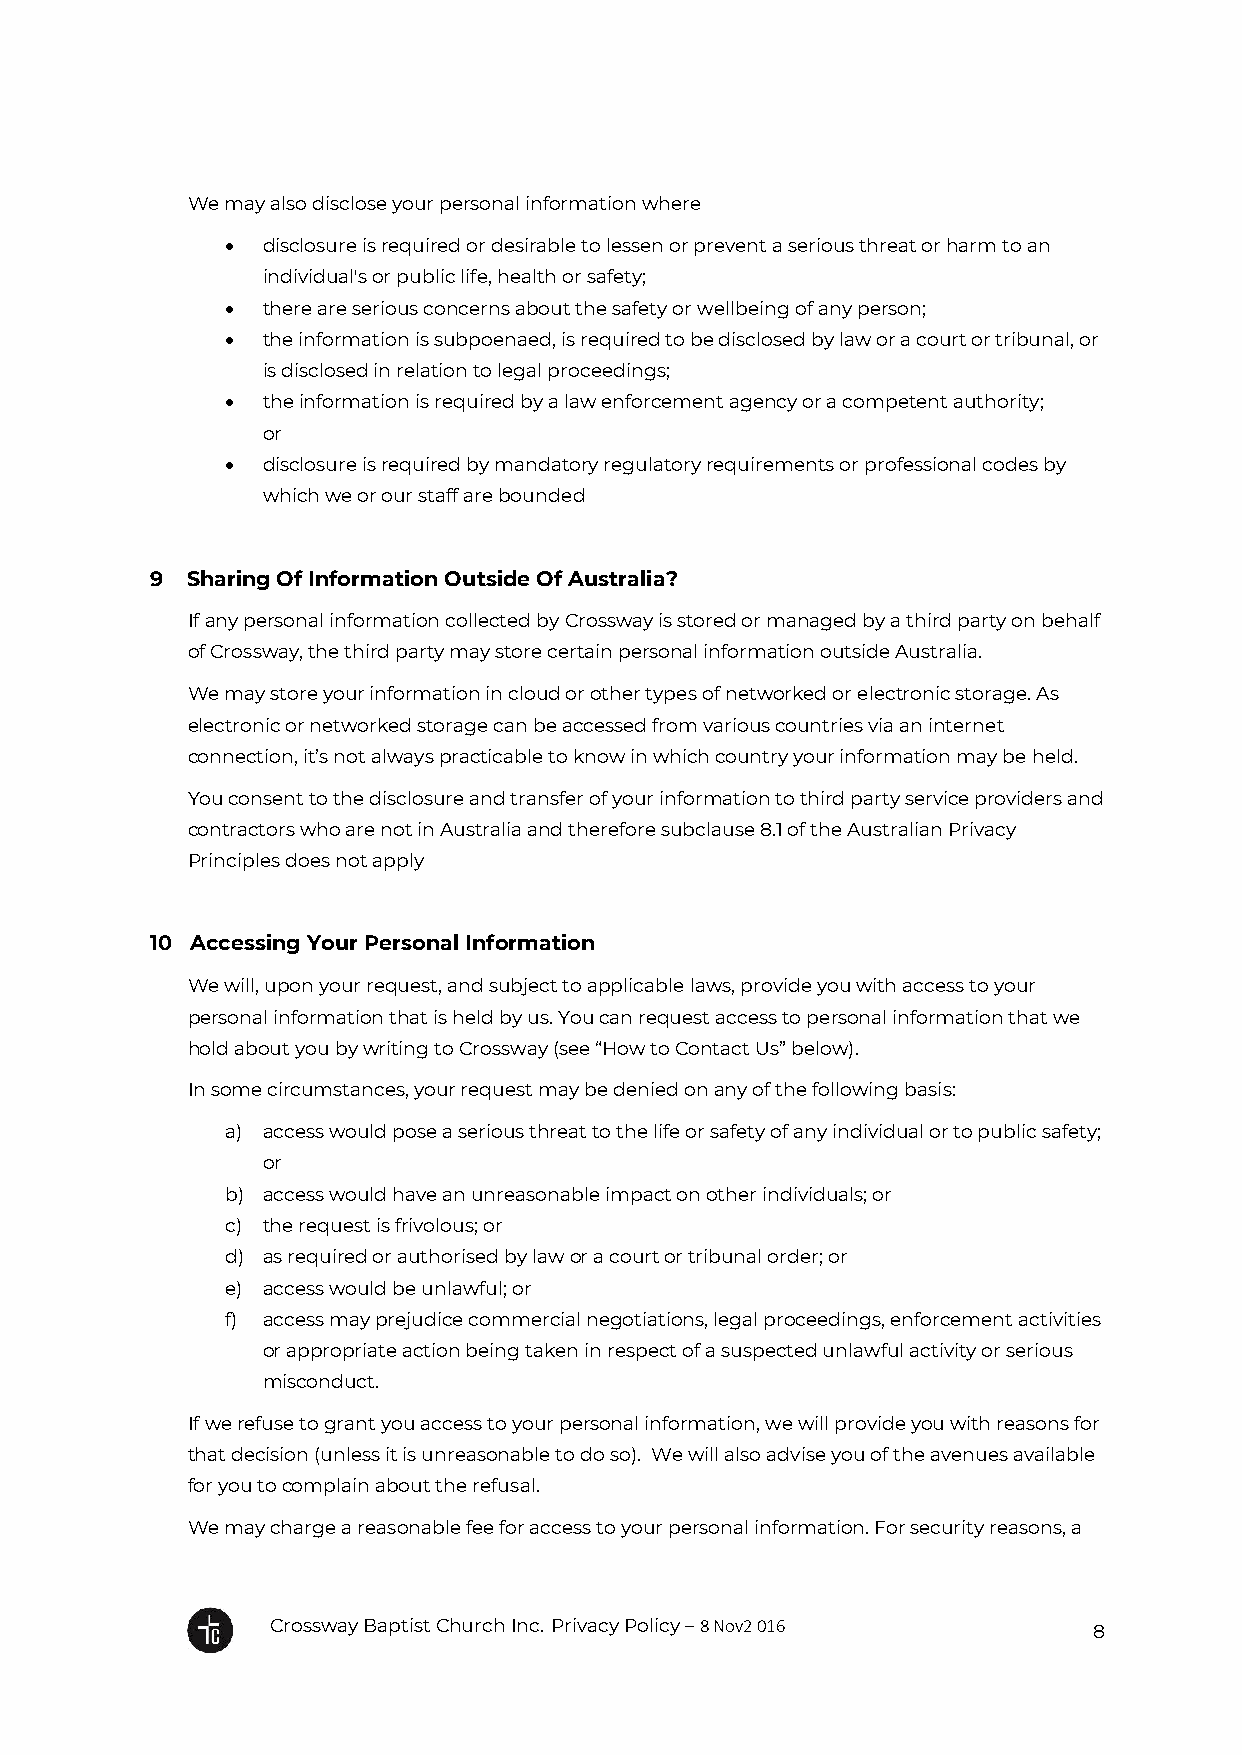
We may also disclose your personal information where
  disclosure is required or desirable to lessen or prevent a serious threat or harm to an
 individual's or public life, health or safety;
  there are serious concerns about the safety or wellbeing of any person;
  the information is subpoenaed, is required to be disclosed by law or a court or tribunal, or
 is disclosed in relation to legal proceedings;
  the information is required by a law enforcement agency or a competent authority;
 or
  disclosure is required by mandatory regulatory requirements or professional codes by
 which we or our staff are bounded
 9 Sharing Of Information Outside Of Australia?
 If any personal information collected by Crossway is stored or managed by a third party on behalf
 of Crossway, the third party may store certain personal information outside Australia.
 We may store your information in cloud or other types of networked or electronic storage. As
 electronic or networked storage can be accessed from various countries via an internet
 connection, it’s not always practicable to know in which country your information may be held.
 You consent to the disclosure and transfer of your information to third party service providers and
 contractors who are not in Australia and therefore subclause 8.1 of the Australian Privacy
 Principles does not apply
 10 Accessing Your Personal Information
 We will, upon your request, and subject to applicable laws, provide you with access to your
 personal information that is held by us. You can request access to personal information that we
 hold about you by writing to Crossway (see “How to Contact Us” below).
 In some circumstances, your request may be denied on any of the following basis:
 a) access would pose a serious threat to the life or safety of any individual or to public safety;
 or
 b) access would have an unreasonable impact on other individuals; or
 c) the request is frivolous; or
 d) as required or authorised by law or a court or tribunal order; or
 e) access would be unlawful; or
 f) access may prejudice commercial negotiations, legal proceedings, enforcement activities
 or appropriate action being taken in respect of a suspected unlawful activity or serious
 misconduct.
 If we refuse to grant you access to your personal information, we will provide you with reasons for
 that decision (unless it is unreasonable to do so). We will also advise you of the avenues available
 for you to complain about the refusal.
 We may charge a reasonable fee for access to your personal information. For security reasons, a
 Crossway Baptist Church Inc. Privacy Policy – 8 Nov2 016
 8